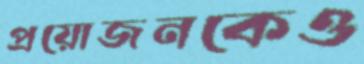
প্রয়োজনকেও